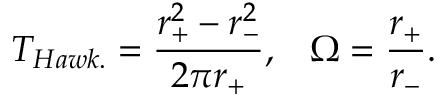
T _ { H a w k . } = \frac { r _ { + } ^ { 2 } - r _ { - } ^ { 2 } } { 2 \pi r _ { + } } , \; \; \; \Omega = \frac { r _ { + } } { r _ { - } } .